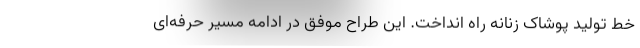
خط تولید پوشاک زنانه راه انداخت. این طراح موفق در ادامه مسیر حرفه‌ای